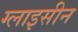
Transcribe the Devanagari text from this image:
ग्लाइसीन